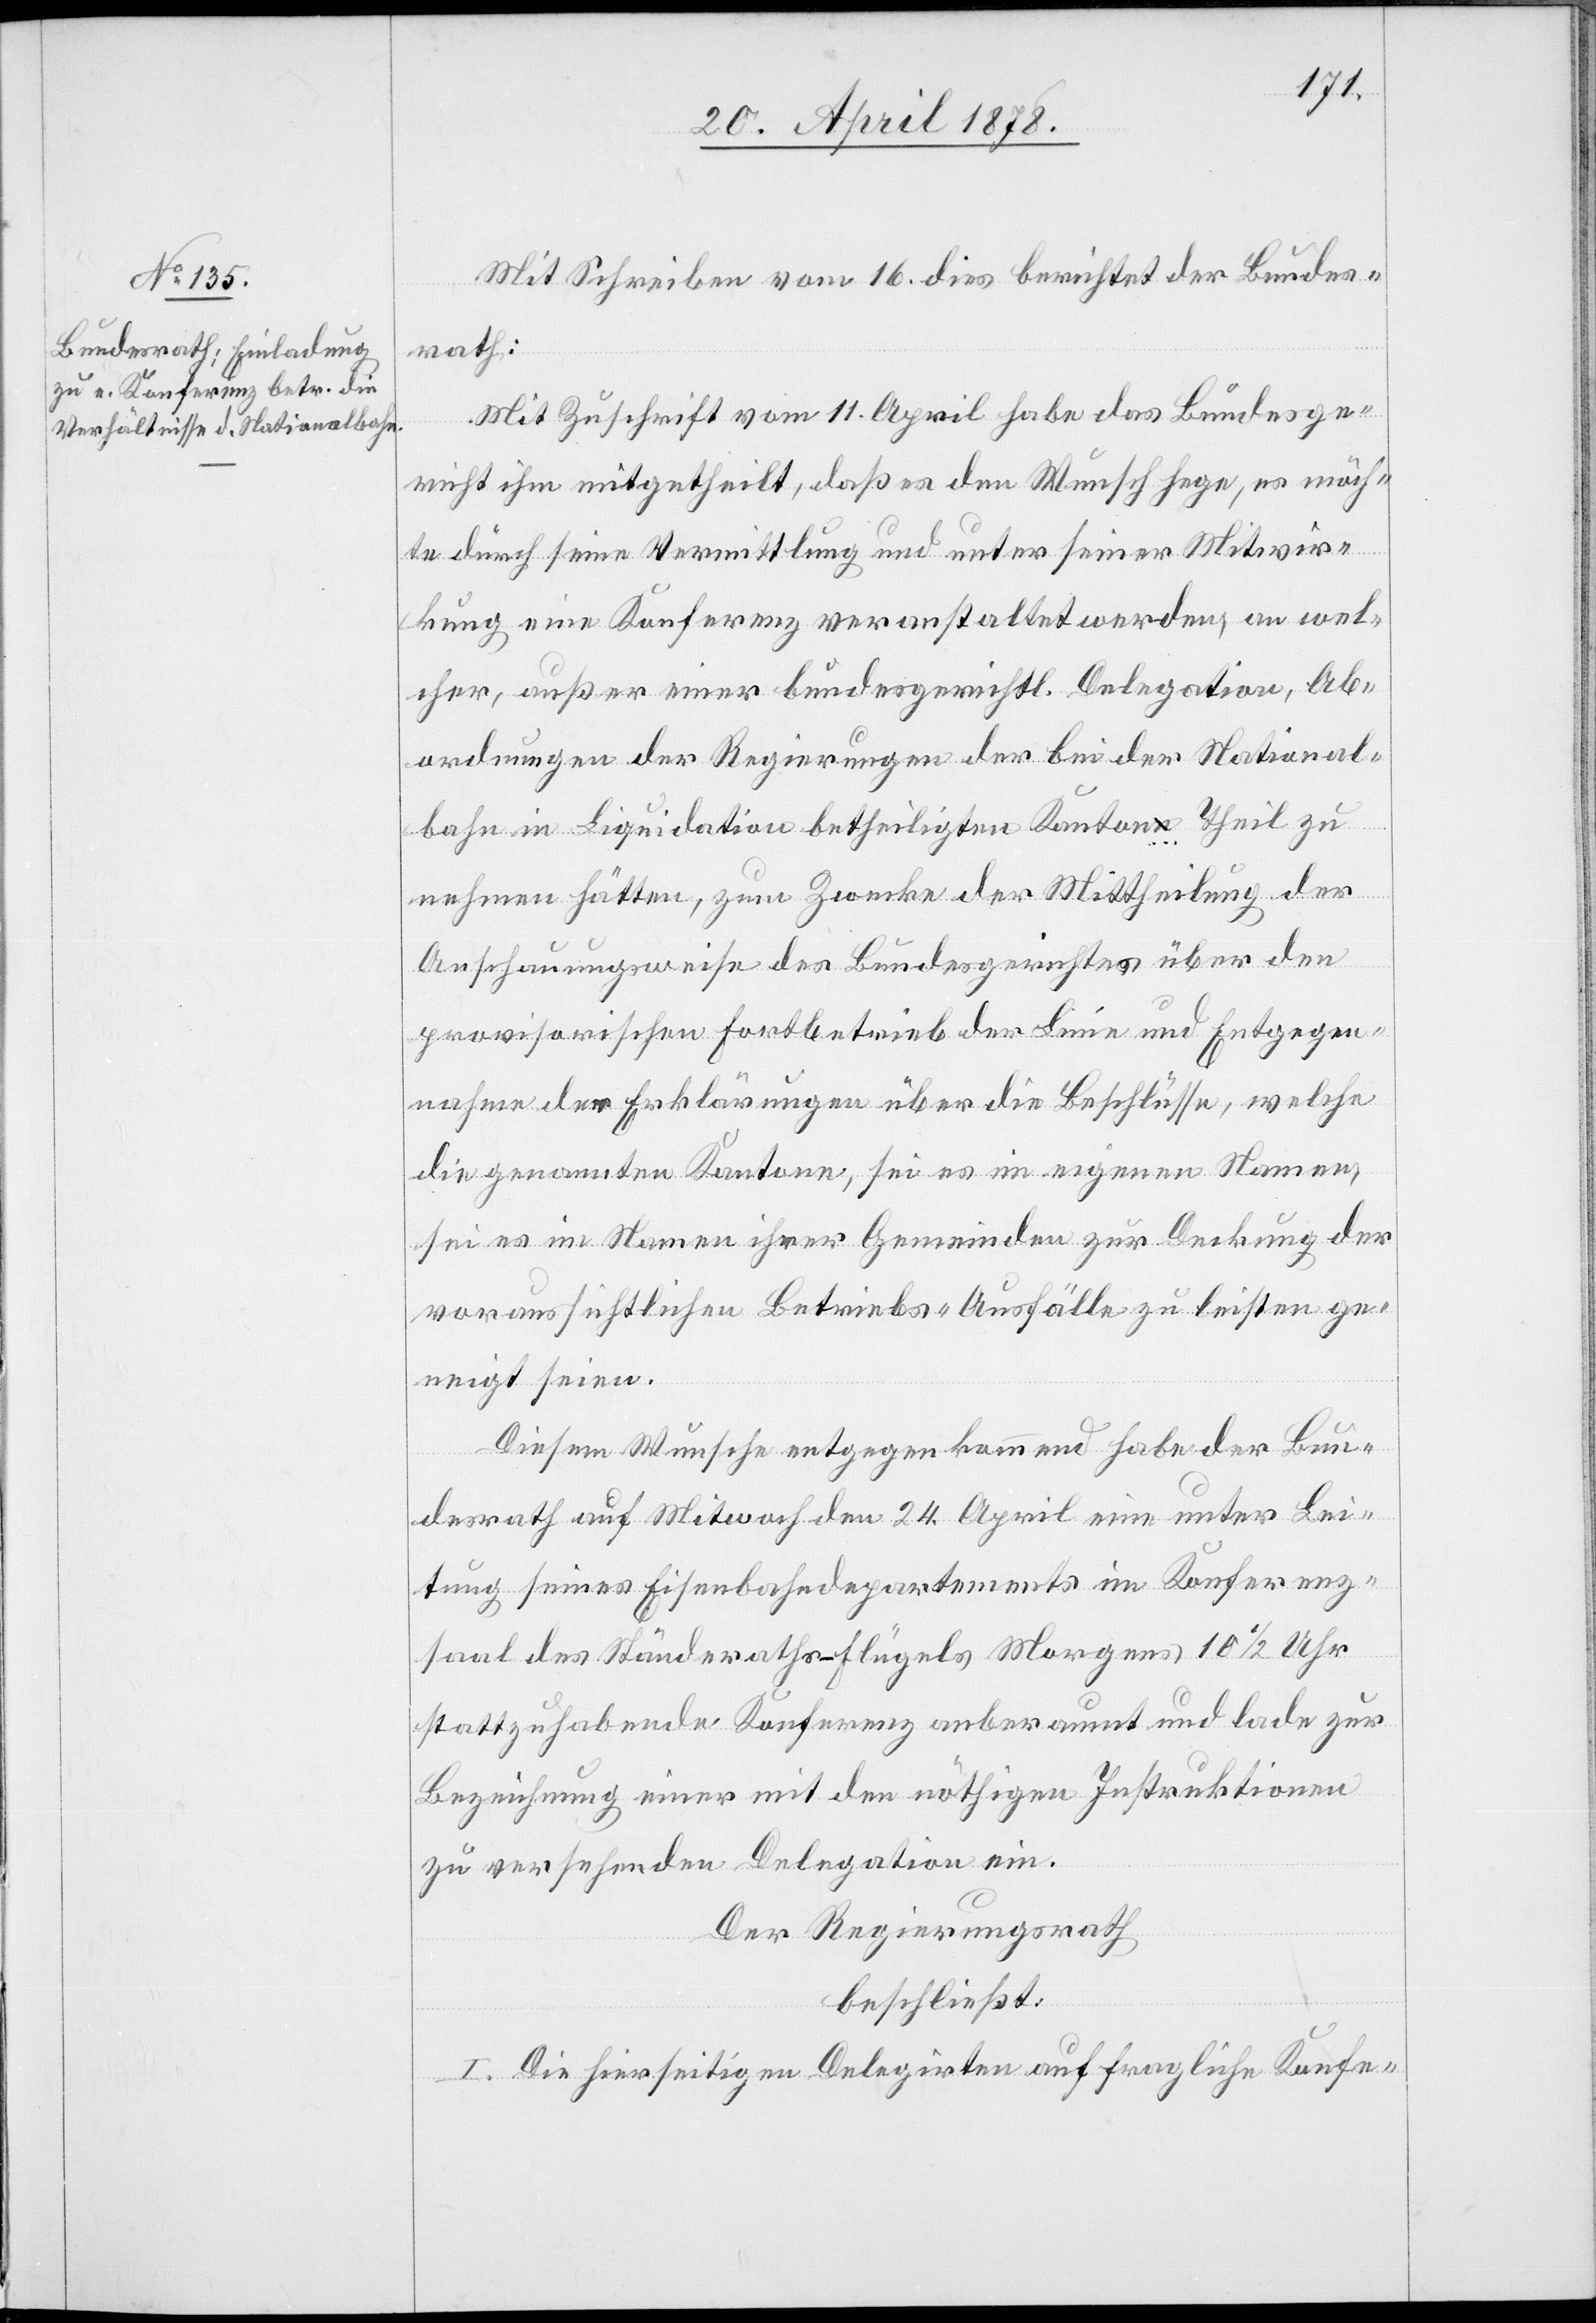
Mit Schreiben vom 16. dies berichtet der Bundes¬
rath:
Mit Zuschrift vom 11. April habe das Bundesge¬
richt ihm mitgetheilt, daß es den Wunsch hege, es möch¬
te durch seine Vermittlung und unter seiner Mitwir¬
kung eine Konferenz veranstaltet werden, an wel¬
cher, außer einer bundesgerichtl. Delegation, Ab¬
ordnungen der Regierungen der bei der National¬
bahn in Liquidation betheiligten Kantone Theil zu
nehmen hätten, zum Zwecke der Mittheilung der
Anschauungsweise des Bundesgerichtes über den
provisorischen Fortbetrieb der Linie und Entgegen¬
nahme der Erklärungen über die Beschlüsse, welche
die genannten Kantone, sei es im eigenen Namen,
sei es im Namen ihrer Gemeinden zur Deckung der
voraussichtlichen Betriebs-Ausfälle zu leisten ge¬
neigt seien.
Diesem Wunsche entgegen kommend habe der Bun¬
desrath auf Mit[t]woch den 24. April eine unter Lei¬
tung seines Eisenbahndepartements im Konferenz¬
saal des Ständeraths-Flügels Morgens 10 1/2 Uhr
stattzuhabende Konferenz anberaumt und lade zur
Bezeichnung einer mit den nöthigen Instruktionen
zu versehenden Delegation ein.
Der Regierungsrath
beschließt:
I. Die hierseitigen Delegirten auf fragliche Konfe-